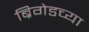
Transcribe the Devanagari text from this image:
ब्रिगेडच्या